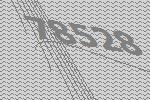
78528